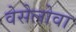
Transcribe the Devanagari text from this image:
वेसेलोवा